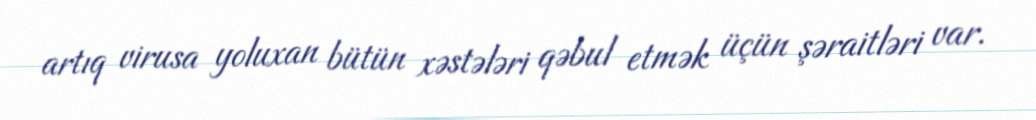
artıq virusa yoluxan bütün xəstələri qəbul etmək üçün şəraitləri var.